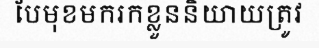
បែមុខមករកខ្លួននិយាយត្រូវ